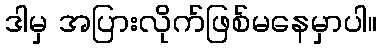
ဒါမှ အပြားလိုက်ဖြစ်မနေမှာပါ။